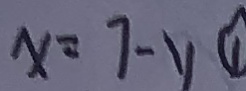
x = 7 - y \textcircled { 1 }